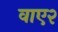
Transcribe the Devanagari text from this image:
वाए२